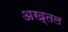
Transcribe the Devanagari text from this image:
अख्तल